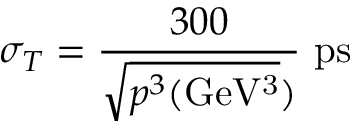
\sigma _ { T } = \frac { 3 0 0 } { \sqrt { p ^ { 3 } \mathrm { ( G e V ^ { 3 } } } ) } ~ \mathrm { { p s } }